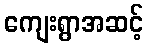
ကျေးရွာအဆင့်